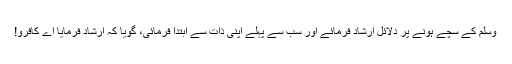
وَسَلَّمَ کے سچے ہونے پر دلائل ارشاد فرمائے اور سب سے پہلے اپنی ذات سے ابتدا فرمائی، گویا کہ ارشاد فرمایا اے کافرو!